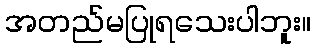
အတည်မပြုရသေးပါဘူး။